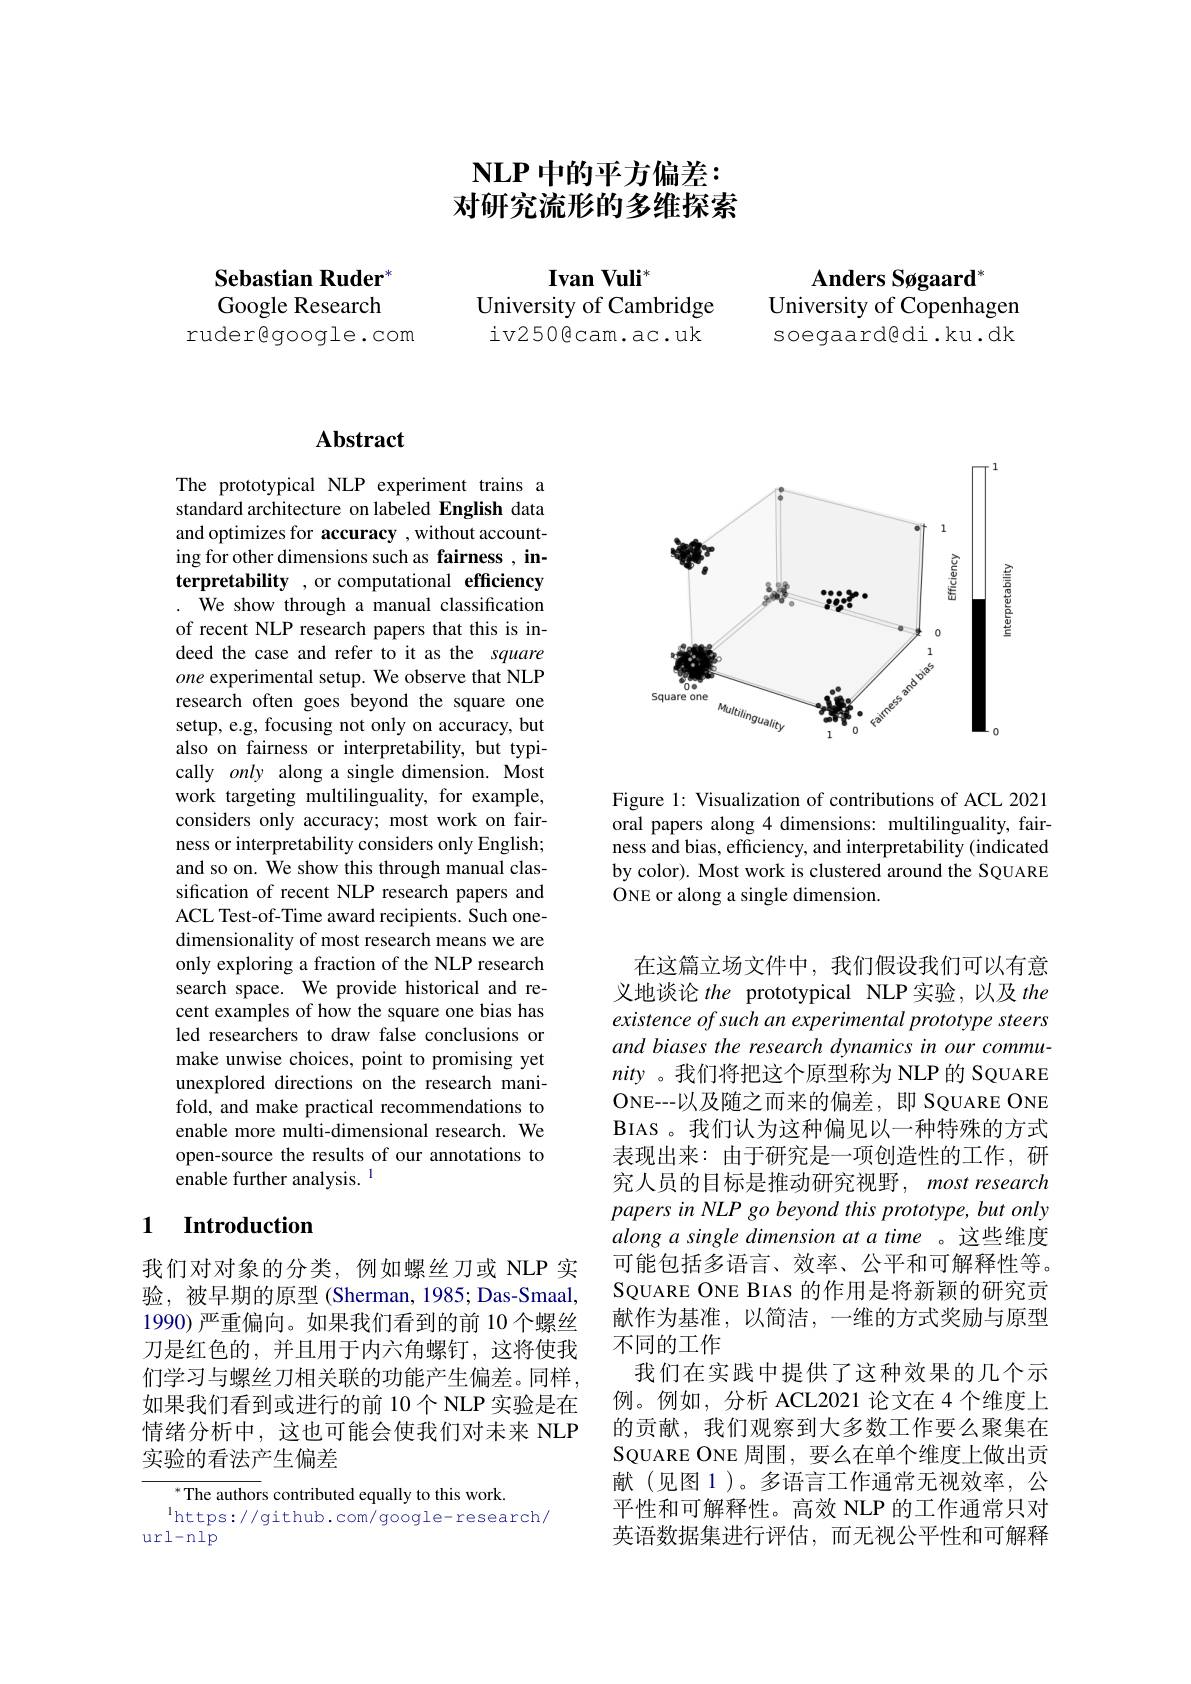
Sebastian Ruder" Google Research

rudergoogle.com

# $\mathbf{NLP}$中的平方偏差： 对研究流形的多维探索

Ivan Vuli$^*$
University of Cambridge iv250@cam.ac.uk

Anders Søgaard
University of Copenhagen soegaard@di.ku.dk

## Abstract

The prototypical NLP experiment trains a standard architecture on labeled English data and optimizes for accuracy , without accounting for other dimensions such as fairness , interpretability , or computational efficiency We show through a manual classification
of recent NLP research papers that this is indeed the case and refer to it as the square one experimental setup. We observe that NLP research often goes beyond the square one setup, e.g, focusing not only on accuracy, but also on fairness or interpretability, but typically only along a single dimension. Most work targeting multilinguality, for example, considers only accuracy; most work on fairness or interpretability considers only English; and so on. We show this through manual classification of recent NLP research papers and ACL Test-of-Time award recipients. Such onedimensionality of most research means we are only exploring a fraction of the NLP research search space. We provide historical and recent examples of how the square one bias has led researchers to draw false conclusions or make unwise choices, point to promising yet unexplored directions on the research manifold, and make practical recommendations to enable more multi-dimensional research. We open-source the results of our annotations to enable further analysis. l

## 1 Introduction

我们对对象的分类，例如螺丝刀或 NLP 实验，被早期的原型(Sherman,1985;Das-Smaal, 1990)严重偏向。如果我们看到的前 10个螺丝刀是红色的，并且用于内六角螺钉，这将使我们学习与螺丝刀相关联的功能产生偏差。同样如果我们看到或进行的前 10个 NLP 实验是在情绪分析中，这也可能会使我们对未来 NLP 实验的看法产生偏差

${^*\text{The authors contributed equally to this work.}}$
$^{\mathrm{l}}$https://github.com/google-research/
url-nlp

<FigureHere>

Figure 1: Visualization of contributions of ACL 2021 oral papers along 4 dimensions: multilinguality, fairness and bias, efficiency, and interpretability (indicated by color). Most work is clustered around the SQUARE ONE or along a single dimension.

在这篇立场文件中，我们假设我们可以有意义地谈论the prototypical NLP 实验，以及 the existence of such an experimental prototype steers and biases the research dynamics in our community 。我们将把这个原型称为 NLP 的 SQUARE ONE--以及随之而来的偏差，即 SQUARE ONE BIAS 。我们认为这种偏见以一种特殊的方式表现出来：由于研究是一项创造性的工作，研究人员的目标是推动研究视野，most research $papersinNLPgobeyondthisprototype,butonly$ along a single dimension at a time 。这些维度可能包括多语言、效率、公平和可解释性等。SQUARE ONE BIAS 的作用是将新颖的研究贡献作为基准，以简洁，一维的方式奖励与原型不同的工作
我们在实践中提供了这种效果的几个示例。例如，分析 ACL2021 论文在 4 个维度上的贡献，我们观察到大多数工作要么聚集在SQUARE ONE 周围，要么在单个维度上做出贡献(见图 1)。多语言工作通常无视效率，公平性和可解释性。高效 NLP 的工作通常只对英语数据集进行评估，而无视公平性和可解释